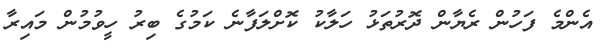
އެންމެ ފަހުން ރެޔާން ދޮރުތަޅު ހަލާކު ކޮށްލަފާނެ ކަމުގެ ބިރު ހީވުމުން މައިރާ